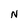
Character: N